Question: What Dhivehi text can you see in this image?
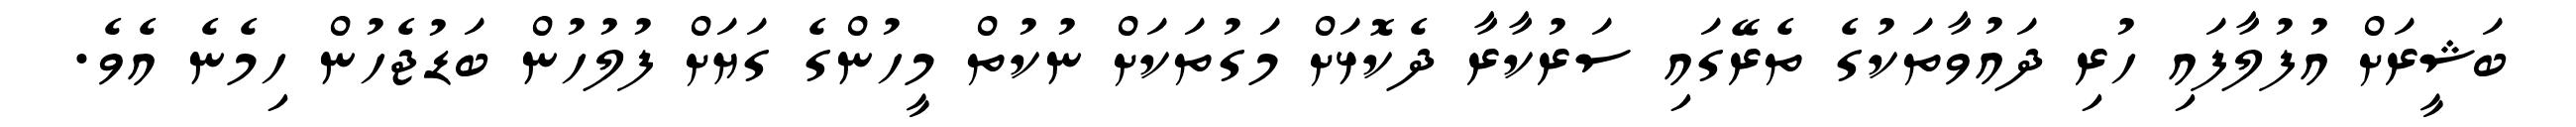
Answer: ބަޝީރަށް އުފުލާފައި ހުރި ދައުވާތަކުގެ ތެރޭގައި ސަރުކާރާ ދެކޮޅަށް މަގުތަކަށް ނުކުތް މީހުންގެ ގަޔަށް ފުލުހުން ބަޑުޖެހުން ހިމެނެ އެވެ.